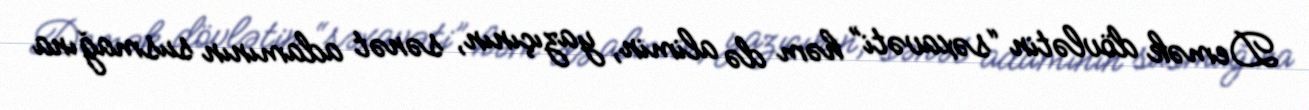
Demək dövlətin “səxavəti” həm də alimin, yazıçının, sənət adamının susmağına